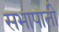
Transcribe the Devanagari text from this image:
सभापाती